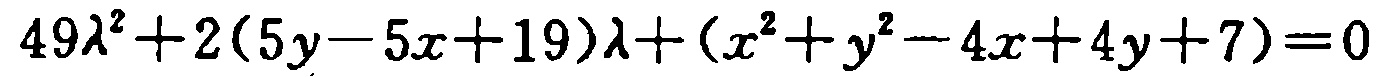
\(49\lambda^{2}+2(5y - 5x + 19)\lambda+(x^{2}+y^{2}-4x + 4y + 7)=0\)